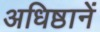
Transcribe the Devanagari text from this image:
अधिष्ठानें